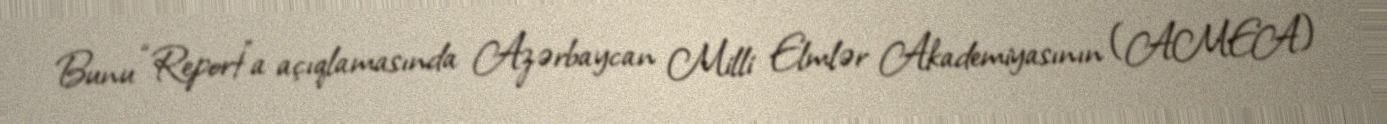
Bunu “Report”a açıqlamasında Azərbaycan Milli Elmlər Akademiyasının (AMEA)